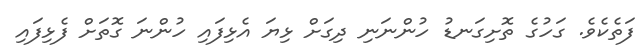
ފަތެކެވެ. ގަހުގެ ތޮށިގަނޑު ހުންނަނި ދިގަށް ޅިޔަ އެޅިފައި ހުންނަ ގޮތަށް ފެޅިފައި